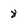
Character: 8